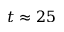
t \approx 2 5